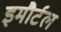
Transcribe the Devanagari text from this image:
इमौर्टल